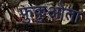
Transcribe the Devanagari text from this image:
फुकुओता